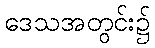
ဒေသအတွင်း၌